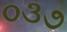
૦૩૭